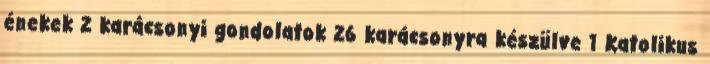
énekek 2 karácsonyi gondolatok 26 karácsonyra készülve 1 Katolikus